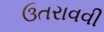
ઉતરાવવી